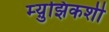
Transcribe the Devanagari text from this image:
म्य़ुझिकशी